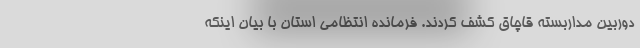
دوربین مداربسته قاچاق کشف کردند. فرمانده انتظامی استان با بیان اینکه